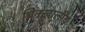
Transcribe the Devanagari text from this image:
चिनखालीच